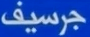
جرسيف